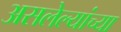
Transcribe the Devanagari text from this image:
असलेल्यांच्या